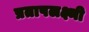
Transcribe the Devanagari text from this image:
प्रतापलक्ष्मी